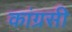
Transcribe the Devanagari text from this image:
कांग्रसी